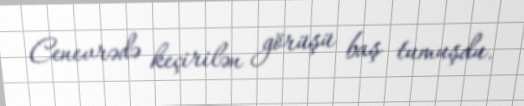
Cenevrədə keçirilən görüşü baş tumuşdu.